Calcutta medical institutions reports 1879-81 [i.e.91]
Year: 1879
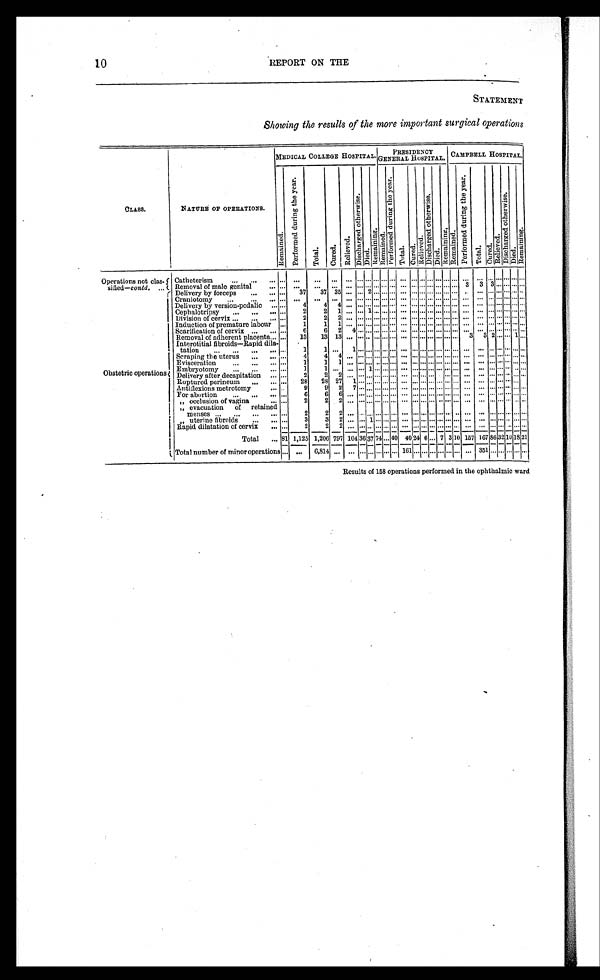
10
REPORT ON THE
STATEMENT
Showing the results of the more important surgical operations
CLASS.
NATURE OF OPERATIONS.
MEDICAL COLLEGE HOSPITAL.
P R E S I D E
NCY GENERAL HOSPITAL.
CAMPBELL HOSPITAL.
R e m a i n e d .
P e r f o r m e d d u r i n g t h e y e a r .
T o t a l .
C u r e d .
R e l i e v e d .
D i s c h a r g e d o t h e r w i s e .
D i e d .
R e m a i n i n g .
R e m a i n e d .
P e r f o r m e d d u r i n g t h e y e a r .
T o t a l .
C u r e d .
R e l i e v e d .
D i s c h a r g e d o t h e r w i s e . D i e d . R e m a i n i n g . R e m a i n e d .
P e r f o r m e d d u r i n g t h e y e a r .
T o t a l .
C u r e d .
R e l i e v e d .
D i s c h a r g e d o t h e r w i s e .
D i e d .
R e m a i n i n g .
Operations not clas
-sified—contd. . . .
Catheterism . . .
. . .
. . .
. . .
. . .
. . . . . . . . . . . . . . . . . .
. . . . . . . . . . . . . . . . . . . . .. . .
. . . . . . . . . . . . . . .
. . .
Removal of male genital . . .
. . .
. . .
. . .
. . .
. . . . . . . . . . . . . . . . . .
. . . . . . . . . . . . . . . . . . . . .3
3 3 . . . . . . . . .
. . .
Delivery by forceps . . .
. . .
37
37 35
. . .
. . . 2
. . . . . . . . .
. . .
. . . . . . . . . . . . . . . . . . . . .
. . .
. . . . . . . . . . . . . . .
Obstetric operations
Craniotomy . . .
. . .
. . .
. . .
. . .
. . . . . . . . . . . . . . . . . .
. . . . . . . . . . . . . . . . . . . . .. . .
. . . . . . . . . . . . . . .
. . .
Delivery by version-podalic . . .
. . .
4
4
4
. . . . . . . . . . . . . . . . . .
. . . . . . . . . . . . . . . . . . . . .. . .
. . . . . . . . . . . . . . .
. . .
Cephalotripsy . . .
. . .
2
2
1
. . . . . . 1 . . . . . . . . .
. . . . . . . . . . . . . . . . . . . . .. . .
. . . . . . . . . . . . . . .
. . .
Division of cervix . . .
. . .
2
2
2
. . . . . . . . . . . . . . . . . .
. . . . . . . . . . . . . . . . . . . . .. . .
. . . . . . . . . . . . . . .
. . .
Induction of premature labour . . .
. . .
1
1
1
. . . . . . . . . . . . . . . . . .
. . . . . . . . . . . . . . . . . . . . .. . .
. . . . . . . . . . . . . . .
. . .
Scarification of cervix . . .
. . .
6
6
2
4 . . . . . . . . . . . . . . .
. . . . . . . . . . . . . . . . . . . . .. . .
. . . . . . . . . . . . . . .
. . .
Removal of adherent placenta . . .
. . .
13
13 13
. . .
. . . . . . . . . . . . . . .
. . .
. . . . . . . . . . . . . . . . . . 3
3
2 . . . . . . 1
. . .
Interotitial fibroids—Rapid dila
-tation . . .
. . .
1
1
. . .
1 . . . . . . . . . . . . . . .
. . . . . . . . . . . . . . . . . . . . .. . .
. . . . . . . . . . . . . . .
. . .
Scraping the uterus . . .
. . .
4
4
4
. . . . . . . . . . . . . . . . . .
. . . . . . . . . . . . . . . . . . . . .. . .
. . . . . . . . . . . . . . .
. . .
Evisceration . . .
. . .
1
1
1
. . . . . . . . . . . . . . . . . .
. . . . . . . . . . . . . . . . . . . . .. . .
. . . . . . . . . . . . . . .
. . .
Embryotomy . . .
. . .
1
1
. . .
. . . . . . 1 . . . . . . . . .
. . . . . . . . . . . . . . . . . . . . .. . .
. . . . . . . . . . . . . . .
. . .
Delivery after decapitation . . .
. . .
2
2
2
. . . . . . . . . . . . . . . . . .
. . . . . . . . . . . . . . . . . . . . .. . .
. . . . . . . . . . . . . . .
. . .
Ruptured perineum . . .
. . .
28
28 27
1
. . . . . . . . . . . . . . .
. . .
. . . . . . . . . . . . . . . . . . . . .
. . . . . . . . . . . . . . .
. . .
Autiflexions metrotomy
. . .
. . .
9
9
2
7 . . . . . . . . . . . . . . .
. . . . . . . . . . . . . . . . . . . . .. . .
. . . . . . . . . . . . . . .
. . .
For abortion . . .
. . .
6
6
6
. . . . . . . . . . . . . . . . . .
. . . . . . . . . . . . . . . . . . . . .. . .
. . . . . . . . . . . . . . .
. . .
" occlusion of vagina . . .
. . .
2
2
2
. . . . . . . . . . . . . . . . . .
. . . . . . . . . . . . . . . . . . . . .. . .
. . . . . . . . . . . . . . .
. . .
" evacuation of retained
menses . . .
. . .
2
2
2
. . . . . . . . . . . . . . . . . .
. . . . . . . . . . . . . . . . . . . . .. . .
. . . . . . . . . . . . . . .
. . .
" uterine fibroids . . .
. . .
3
3
2
. . . . . . 1 . . . . . . . . .
. . . . . . . . . . . . . . . . . . . . .. . .
. . . . . . . . . . . . . . .
. . .
Rapid dilatation of cervix . . .
. . .
2
2
2
. . . . . . . . . . . . . . . . . .
. . . . . . . . . . . . . . . . . . . . .. . .
. . . . . . . . . . . . . . . . . .
Total . . .
81 1,125 1,206 797 104
3 6
37
7 4 . . . 4 0
40
2 4 6
. . . 7 3 10 157 167 86
3 2 10 18 21
Total number of minor operations
. . .
. . .
6,814
. . .
. . .
. . .
. . .
. . . . . . . . . 161 . . . . . . . . . . . . . . . . . .
. . .
351 . . .
. . . . . . . . . . . .
Results of 158 operations performed in the ophthalmic ward